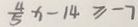
\frac { 4 } { 5 } x - 1 4 \geq - 7